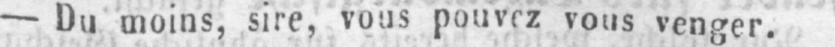
- Du moins, sire, vous pouvez vous venger.